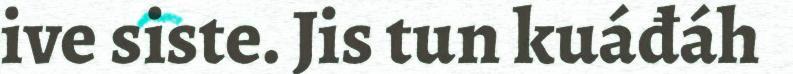
ive siste. Jis tun kuáđáh